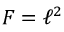
F = \ell ^ { 2 }